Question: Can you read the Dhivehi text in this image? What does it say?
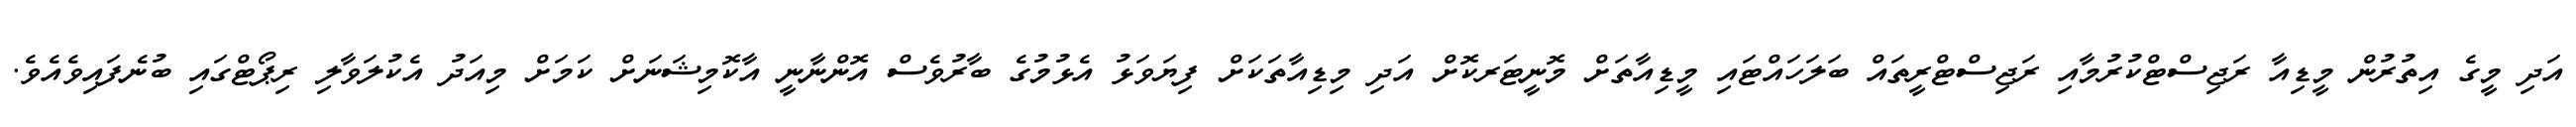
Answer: އަދި މީގެ އިތުރުން މީޑިއާ ރަޖިސްޓްކުރުމާއި ރަޖިސްޓްރީތައް ބަލަހައްޓައި މީޑިއާތަށް މޮނީޓަރކޮށް އަދި މިޑިއާތަކަށް ފިޔަވަޅު އެޅުމުގެ ބާރުވެސް އޮންނާނީ އާކޮމިޝަނަށް ކަމަށް މިއަދު އެކުލަވާލި ރިޕޯޓްގައި ބުނެފައިވެއެވެ.